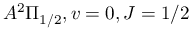
A ^ { 2 } \Pi _ { 1 / 2 } , v = 0 , J = 1 / 2